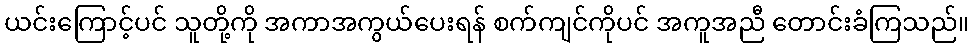
ယင်းကြောင့်ပင် သူတို့ကို အကာအကွယ်ပေးရန် စက်ကျင်ကိုပင် အကူအညီ တောင်းခံကြသည်။